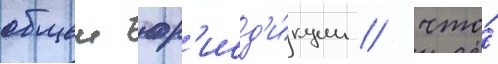
общеи юр'исд'и́кции / что́